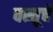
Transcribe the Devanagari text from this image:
वस्तूचें